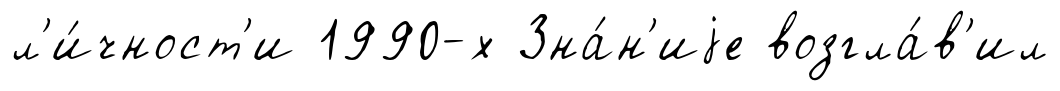
л'и́чност'и 1990-х Зна́н'иjе возгла́в'ил